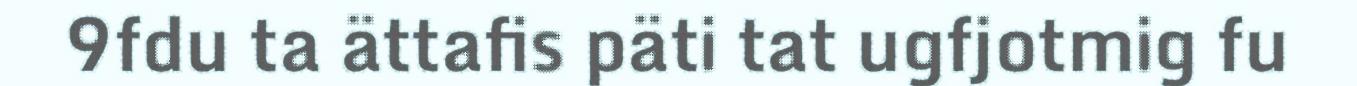
9fdu ta ättafis päti tat ugfjotmig fu